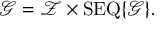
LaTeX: { \mathcal { G } } = { \mathcal { Z } } \times \operatorname { S E Q } \{ { \mathcal { G } } \} .